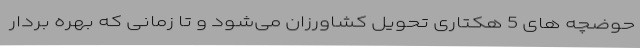
حوضچه های 5 هکتاری تحویل کشاورزان می‌شود و تا زمانی که بهره بردار